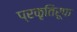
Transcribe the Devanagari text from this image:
प्रकृतिरूपा